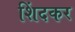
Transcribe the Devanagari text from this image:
शिंदकर